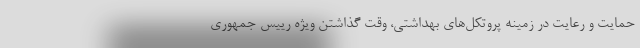
حمایت و رعایت در زمینه پروتکل‌های بهداشتی، وقت گذاشتن ویژه رییس جمهوری